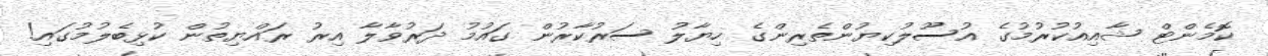
ކޮމެންޓް ޝާއިއުކުރުމުގެ އުސޫލުކިޔުންތެރިންގެ ހިޔާލު ސަރުކާރުން ގައުމު ދަރުވާލާ އިރު ރައްޔިތުން ކުޅިބެލުމުގައި!